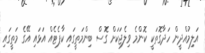
އަލިމުއްދީން ހަދާގޮތަކީ ކޮންމެ ވިލެޖަކަށް ގޮސް ބިންމަތީގައި ކާޕެޓެއް އަޅައި އޭގެ މަތީގައި